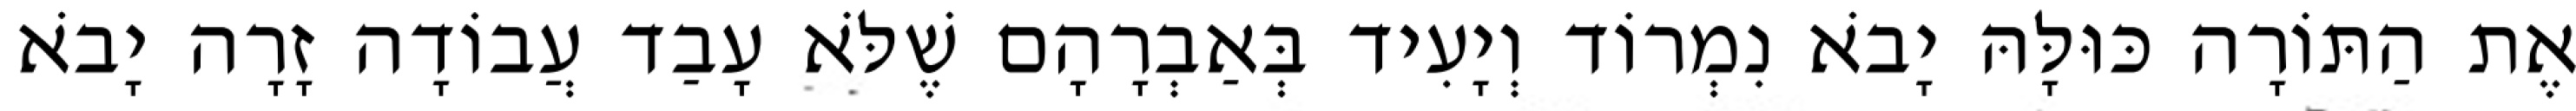
אֶת הַתּוֹרָה כּוּלָּהּ יָבֹא נִמְרוֹד וְיָעִיד בְּאַבְרָהָם שֶׁלֹּא עָבַד עֲבוֹדָה זָרָה יָבֹא